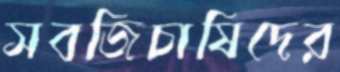
সবজিচাষিদের